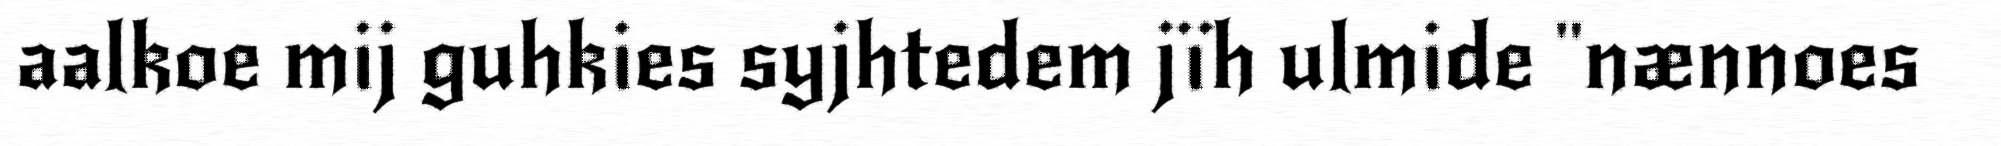
aalkoe mij guhkies syjhtedem jïh ulmide "nænnoes